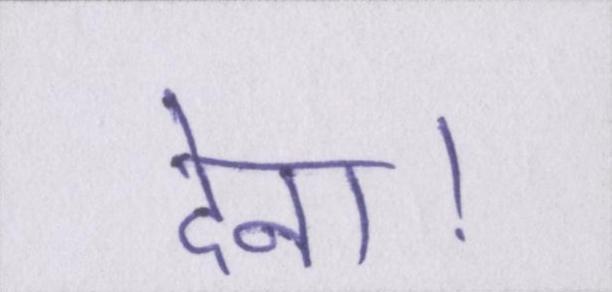
देना।